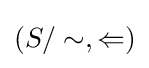
\left(S/\sim ,\Leftarrow \right)